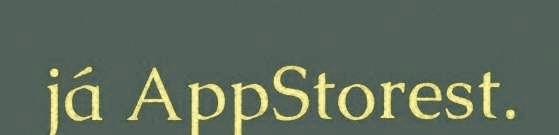
já AppStorest.